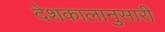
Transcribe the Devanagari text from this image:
देशकालानुसारी